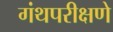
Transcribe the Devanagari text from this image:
गंथपरीक्षणे